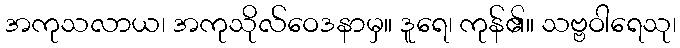
အကုသလာယ၊ အကုသိုလ်ဝေဒနာမှ။ ဒူရေ၊ ကုန်၏။ သဗ္ဗဝါရေသု၊